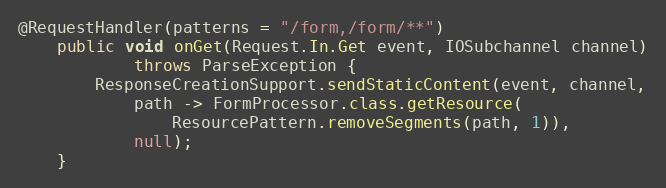
Language: Java
@RequestHandler(patterns = "/form,/form/**")
    public void onGet(Request.In.Get event, IOSubchannel channel)
            throws ParseException {
        ResponseCreationSupport.sendStaticContent(event, channel,
            path -> FormProcessor.class.getResource(
                ResourcePattern.removeSegments(path, 1)),
            null);
    }